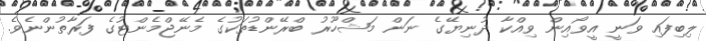
ލިބިފައި ވަނީ އީވޯއިން ވިއްކާ ދުނިޔޭގެ ނަން މަޝްހޫރު ބްރޭންޑުތަކުގެ މެނޭޖްމެންޓުގެ ފަރާތުންނެވެ.